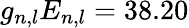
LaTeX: g_{n,l}E_{n,l}=38.20